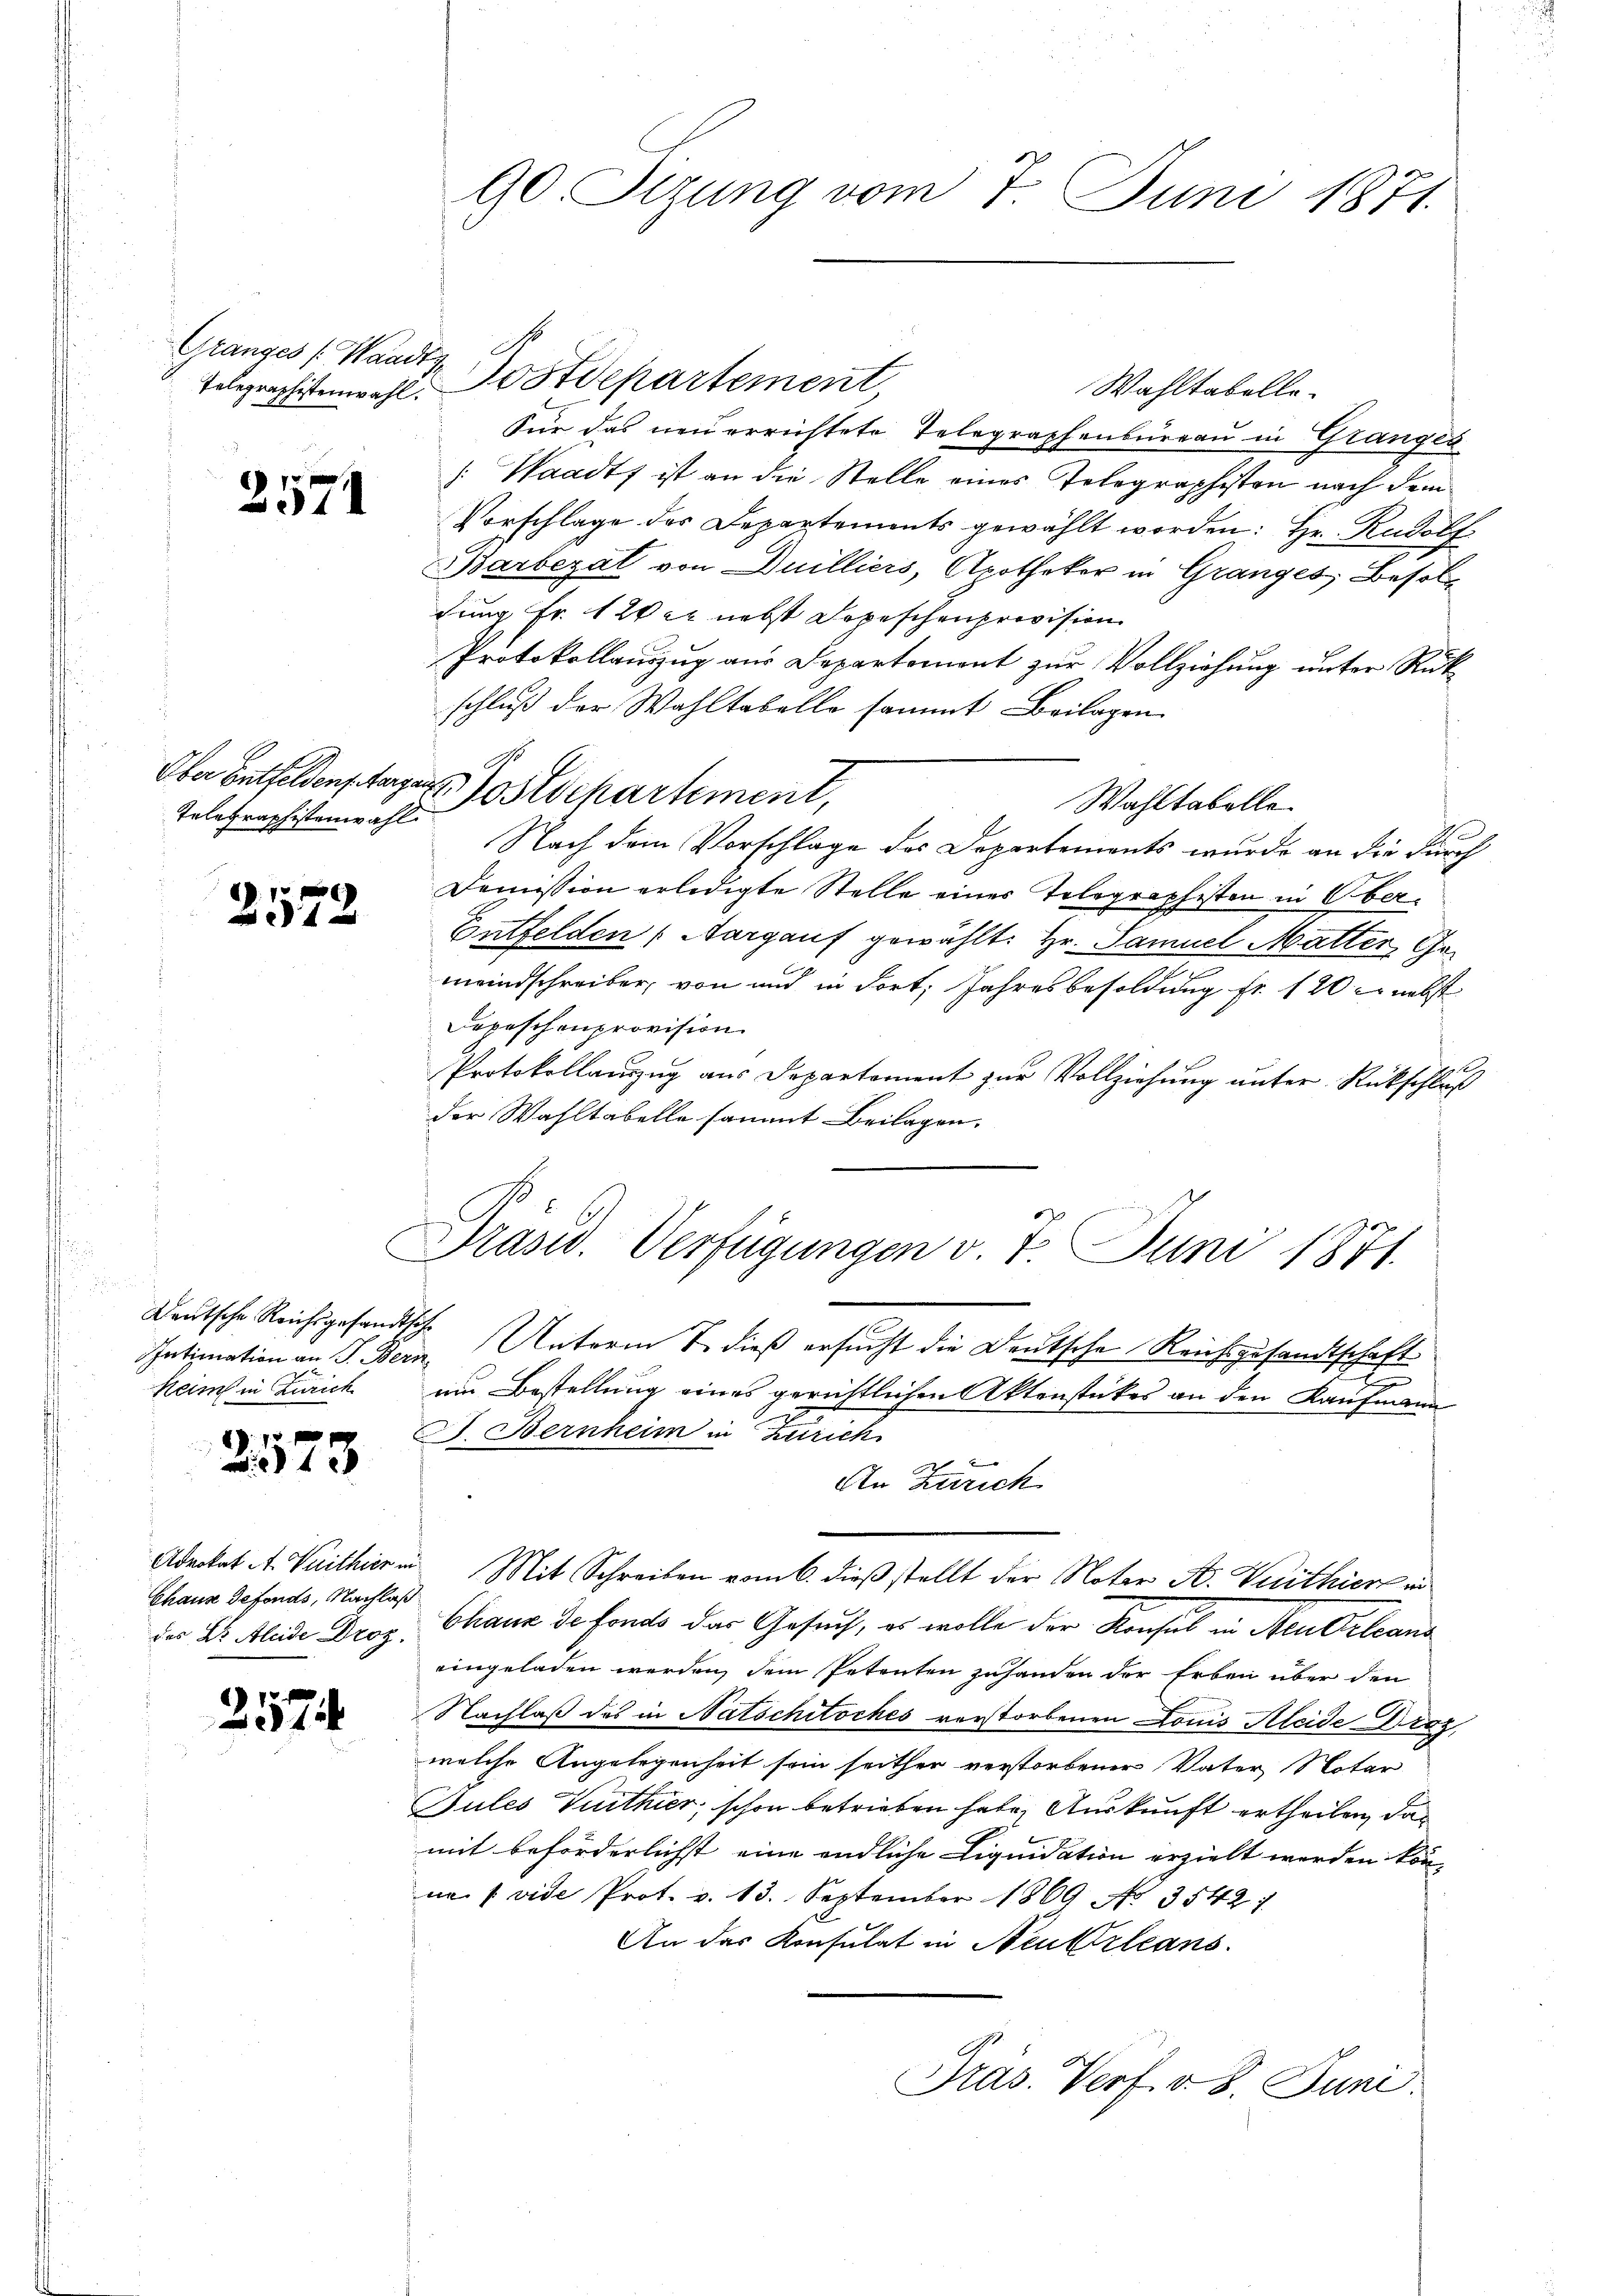
Telegraphistenwahl.

2571

Telegraphistenwahl

2572

Deutsche Reichsgesandtsche
Keim in Zürich

1 x
 4 x

Chaus defonds, Nachlaß

2574

90. Sizung vom 7. Juni 1871.

Gränz(...)(Waadt Postdepartement
Wahltabelle.
Für das neuerrichtete Telegraphenburgau in Granges
[: Waadt ist an die Stelle eines Telegraphisten nach dem
Vorschlage des Departements gewählt worden: Hr. Rudolf
Barberal von Duilliers, Apotheker in Granges, Besoldung Fr. 1 Wer nebst Depeschenprovision
Protokollauszug aus Departemont zur Vollziehung unter Rükschluß der Wahltabelle sammt Beilagen
Wahltabelle.
Nach dem Vorschlage des Departements wurde an die durch
Domission erledigte Stelle eines Telegraphisten in Ober¬
Entfelden (Aargauf gewählt: Hr. Samuel Matter Ge¬
2
meindschreiber, von und in dort, Jahresbesoldung fr. 120 er nebst
Depeschenprovision.
Protokollauszug aus Departement zur Vollziehung unter Rückschluß
der Wahltabelle sammt Beilagen.
Präsid. Verfügungen v. 7. Juni 1871.
Intimation an S. Bern, Unterm S. dieß ersucht die Deutsche Reichszusandtschaft
um Bestellung eines gerichtlichen Aktenstückes an den Kaufmann
J. Bernheim in Zürich
1
An Zürich
Advokat A. Vuithier in Mit Schreiben vom 6. dieß stellt der Notar A. Vuithier in
des Dr. Aleide Droz. Chaux de fondo das Gesuch, es wolle der Konsul in Neu Orleans
eingeladen werden, dem Petenten zuhanden der Erben über den
Nachlaß des in Natschitsches verstorbenen Louis leide-Draz,
welche Angelegenheit sein seither verstorbener Vater Notar
Gules Verthier, schon betrieben habe. Auskunft ertheilen, das
mit beförderlichst eine endliche Liquidation erzielt werden kön-
nn / vide Prot. v. 13. September 1869 No 3542. 7
An das Konsulat in Neuktrleans
Präs. Verf. v. 8. Juni.

Ober Entfeldenstagen Postdepartement,